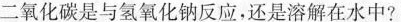
二氧化碳是与氢氧化钠反应，还是溶解在水中?